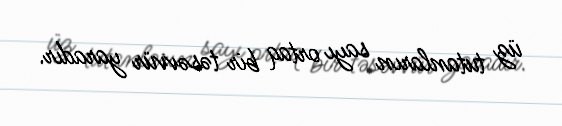
üz tutanların sayı ortaq bir təsəvvür yaradır.